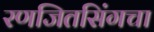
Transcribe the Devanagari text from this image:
रणजितसिंगचा